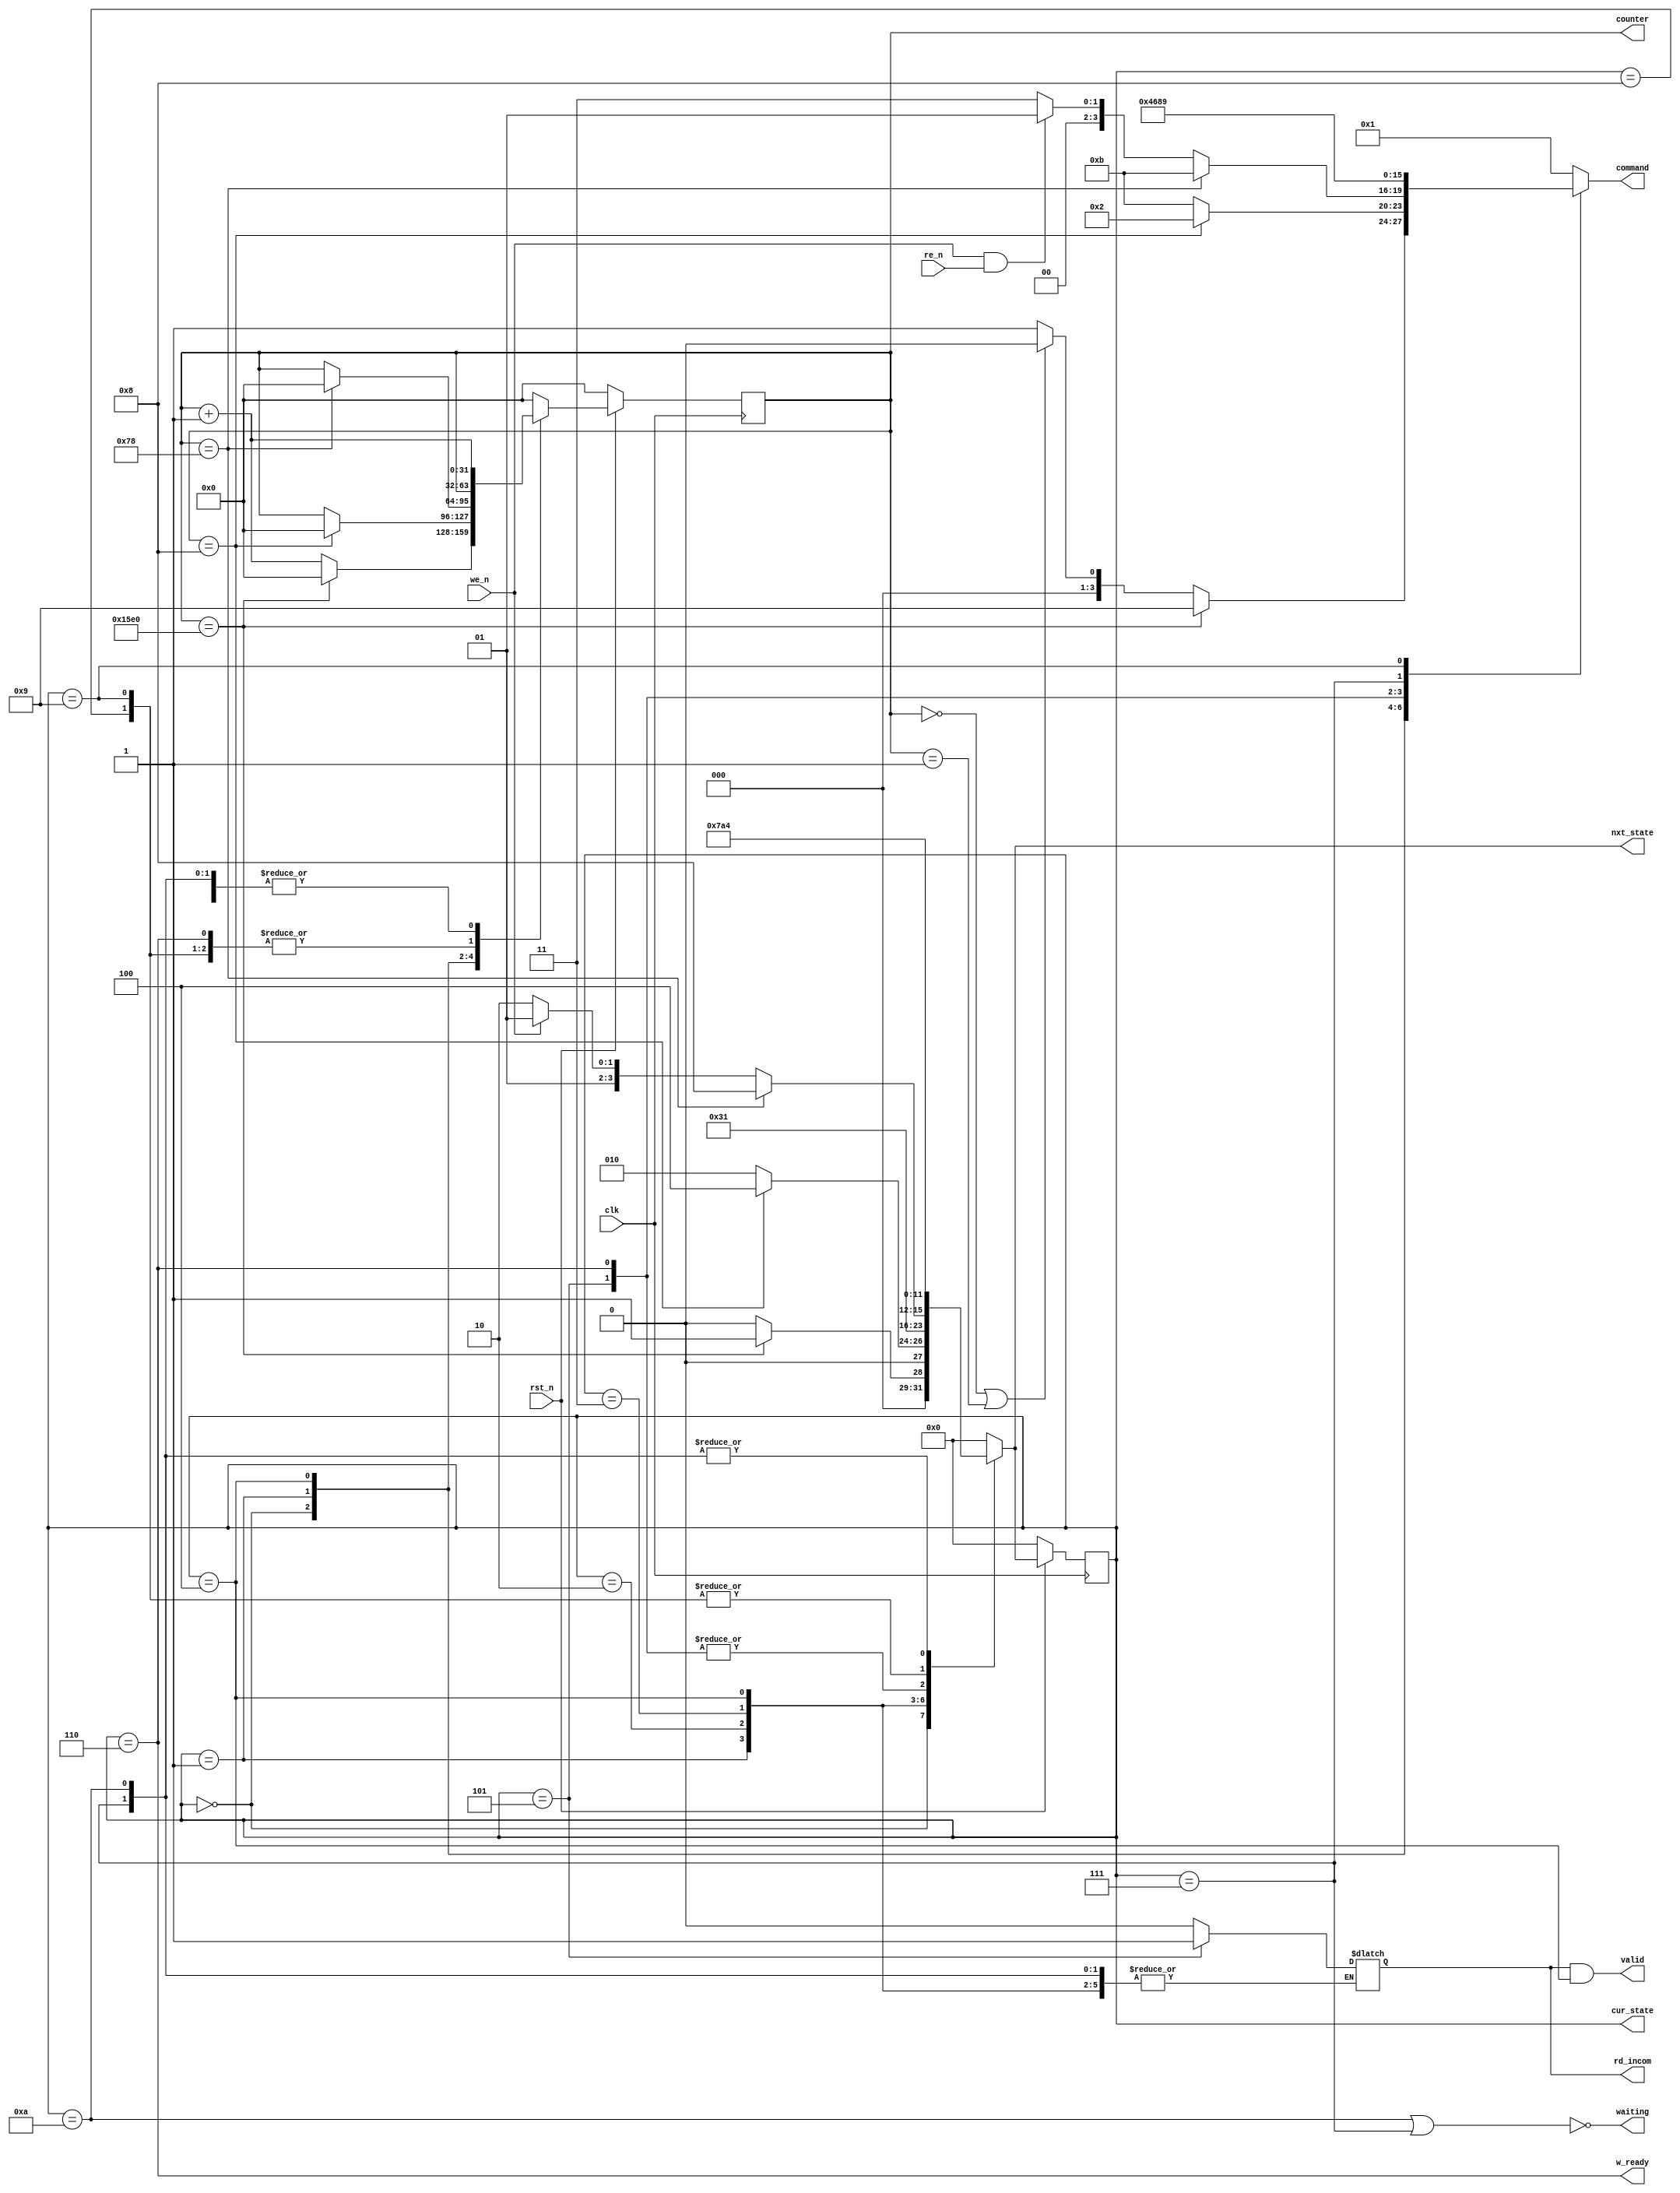
module core(
	input		 				clk,			// Clock
	input						rst_n,			// Reset
	input						we_n,				// write enable
	input						re_n,				// Read enable

	output reg	[3:0]			command,		// Command Output
	output reg [3:0]			cur_state,		// Current State
	output reg [3:0]			nxt_state,		// Current State
	output reg [31:0]			counter,		// Current Counter
	output						w_ready,		// Controller of IOBus
	output						waiting,	// Quando esperar antes de mandar um comando ao controlador
	output						valid,			// Quando uma leitura está pronta
	output reg					rd_incom
);

	//Registrador de estado
	//reg [3:0] cur_state;
	//reg [3:0] nxt_state;
	reg [31:0] nxt_counter;
	assign valid = (rd_incom && cur_state == ST_IDLE);
	assign w_ready = (cur_state == ST_WRITE);
	assign waiting = ~(cur_state == ST_STAL2 || cur_state == ST_PRE);

	//Estados Locais
	localparam ST_POW			= 4'b0000;		// Estados inicial
	
	localparam ST_INIT1			= 4'b0001;		// Estados pertinentes a sequÃªncia de inicializaÃ§Ã£o
	localparam ST_INIT2	 		= 4'b0010;		// 
	localparam ST_INIT3			= 4'b0011;		// 
	
	localparam ST_IDLE			= 4'b0100;		// Estado Ocioso, Ãºnico que verifica por comandos para realizar
	localparam ST_READ			= 4'b0101;		// Executa READ Imediatamente
	localparam ST_WRITE			= 4'b0110;		// Executa WRIT Imediatamente
	localparam ST_PRE				= 4'b0111;		// Realiza prÃ©-carga de banco
	localparam ST_REF				= 4'b1000;		// Auto-Refresh
	localparam ST_STAL1			= 4'b1001;		// Nenhuma OperaÃ§Ã£o
	localparam ST_STAL2			= 4'b1010;		// Nenhuma OperaÃ§Ã£o, retorna para Idle
	//localparam ST_A 			= 4'b1101;		// NÃ£o Utilizados, posso utilizar para fazer sequÃªncia de inicializaÃ§Ã£o da memÃ³ria

	//Listagem de Comandos
	localparam CMD_DESL			= 4'b0000;		// Device Deselect
	localparam CMD_NOP			= 4'b0001;		// No Operation / Self Refresh Exit
	localparam CMD_MRS			= 4'b0010;		// Mode Register Set
	localparam CMD_ACT			= 4'b0011;		// Bank Activate
	localparam CMD_READ			= 4'b0100;		// Read
	localparam CMD_READA 		= 4'b0101;		// Read with Auto Precharge
	localparam CMD_WRIT			= 4'b0110;		// Write
	localparam CMD_WRITA 		= 4'b0111;		// Write with Auto Precharge
	localparam CMD_PRE			= 4'b1000;		// Precharge Select Bank
	localparam CMD_PALL			= 4'b1001;		// Precharge All Banks
	localparam CMD_BST			= 4'b1010;		// Burst Stop
	localparam CMD_REF			= 4'b1011;		// CBR (Auto) Refresh
	localparam CMD_SELF			= 4'b1100;		// Self Refresh
	localparam CMD_SUP			= 4'b1101;		// Suspender / Power Down	---> Pode causar problemas, jÃ¡ que Ã© o mesmo comando que COM_MRS
	localparam CMD_REC			= 4'b1110;		// Recuperar / Power Up		---> Pode causar problemas, jÃ¡ que Ã© o mesmo comando que COM_MRS
	//localparam CMD_SRE			= 4'b1111;		// NÃ£o Utilizado. Por default, valores nÃ£o utilizados sÃ£o tratados como NOP.


	
	// Parâmetros de Temporização
	parameter CLK_FREQUENCY = 27; // Mhz
	parameter REF_TIME = 64; //ms
	parameter REF_COUNT = 4096;
	parameter PWR_TIME = 200; //us

	parameter ROW_SIZE = 4096;
	parameter COL_SIZE = 512;
	parameter NUM_BANK = 4;
	
	localparam PWRC = 5600;		// clk_frequency * pwr_time = 5400
	localparam INTC = 8;			// Número de ciclos necessários para finalizar etapa de inicialização
	localparam REFC = 120;		// (clk_frequency * 1_000 * ref_time) / (cycle_time * ref_count) = 140
	
	//Registrador de tempo
	//reg [11:0] counter;
	localparam RESET = 32'd0;	
	
	

	always @(posedge clk) //Troca de estados ocorre apenas na subida de clock
	begin
		counter <= (rst_n ? nxt_counter : RESET);
		cur_state <= (rst_n ? nxt_state  : ST_POW);
	end
		
	always @(cur_state or counter) //Incrementa contador e envia comandos apenas ao atualizar estado atual
	begin //begin the procedural statements
			case (cur_state)  //variables that affect the procedure  
			default:
				begin
				command <= CMD_NOP;
				nxt_counter <= RESET;
				nxt_state <= ST_POW;
				//w_ready <= 'b0;
				rd_incom <= 'b0;
				end
			ST_POW:
				begin
				command <= (counter == PWRC ? CMD_PALL : (counter == RESET | counter=='b1 ? CMD_DESL : CMD_NOP));	//Executa NOP
				nxt_counter <= (counter == PWRC ? RESET : counter + 1'd1);				//Reinicia Counter se PWRC for atingido
				nxt_state <= (counter == PWRC ? ST_INIT1 : ST_POW);				//Vai para ST_INIT1 se PWRC for atingido. SenÃ£o, vai para prÃ³ximo estado
				//waiting <= 'b1;
				//w_ready <= 'b0;
				rd_incom <= 'b0;
				//valid <= 'b0;
				end
			ST_INIT1:
				begin
				command <= (counter == INTC ? CMD_MRS : CMD_REF);			//Executa MRS se INTC for atingido. SenÃ£o, executa REF
				nxt_counter <= (counter == INTC ? RESET : counter);		//Reinicia Counter se INTC for atingido
				nxt_state <= (counter == INTC ? ST_IDLE : ST_INIT2);		//Vai para ST_IDLE se INTC for atingido. SenÃ£o vai para o prÃ³ximo estado
				//waiting <= (counter == INTC ? 1'b1 : 1'b0);
				end
			ST_INIT2:
				begin
				command <= CMD_NOP;													//Executa NOP
				nxt_counter <= counter;
				nxt_state <= ST_INIT3;												//Vai para o prÃ³ximo estado
				end
			ST_INIT3:
				begin
				command <= CMD_NOP;													//Executa NOP
				nxt_counter <= counter + 1'b1;												//Incrementa Contador
				nxt_state <= ST_INIT1;												//Volta para o primeiro estado
				end
			ST_IDLE:
				begin
				//Executa REF se REFC for atingido. SenÃ£o, executa ACT se re ou we. SenÃ£o, executa NOP
				command <= (counter == REFC ? CMD_REF : (we_n & re_n ? CMD_NOP : CMD_ACT)); 
				nxt_counter <= (counter == REFC ? RESET : counter);					//Reinicia Counter se REFC for atingido
				//Vai para IDLE se INTC for atingido. SenÃ£o, vai para WRITE se we. SenÃ£o, vai para READ se re. SenÃ£o, vai para NOP1
				nxt_state <= (counter == REFC ? ST_REF : (we_n ?  ST_READ : ST_WRITE)); 
				//waiting <= 'b1;
				//valid <= rd_incom;
				//w_ready <= 'b0;
				end
			ST_READ:
				begin
				command <= CMD_READ;													//Executa Read
				nxt_counter <= counter;
				nxt_state <= ST_PRE;													//Vai para PrÃ©-Carga
				rd_incom <= 'b1;
				//valid <= 'b0;
				end
			ST_WRITE:
				begin
				command <= CMD_WRIT;													//Executa Write
				nxt_counter <= counter;
				nxt_state <= ST_PRE;													//Vai para PrÃ©-Carga
				rd_incom <= 'b0;
				//w_ready <= 'b1;
				//valid <= 'b0;
				end
			ST_PRE:
				begin
				command <= CMD_PRE;													//Executa PrÃ©-Carga
				nxt_counter <= counter + 1'b1;									//Incrementa Contador
				nxt_state <= ST_IDLE;												//Volta para o estado IDLE
				//w_ready <= 'b0;
				//waiting <= 'b0;
				end
			ST_REF:
				begin
				command <= CMD_NOP;													//Executa NOP
				nxt_counter <= counter;
				nxt_state <= ST_STAL2;												//Vai para o prÃ³ximo estado
				rd_incom <= 'b0;
				//valid <= 'b0;
				end
			ST_STAL1:
				begin
				//Deveria ser um NOP, mas gostaria de garantir que todos os bancos estejam prÃ©-carregados antes de realizar um refresh.
				//Desta forma consigo executar REF sem problemas mais tarde.
				command <= CMD_PALL;													
				nxt_counter <= counter;
				nxt_state <= ST_STAL2;												//Vai para o prÃ³ximo estado
				rd_incom <= 'b0;
				//valid <= 'b0;
				end
			ST_STAL2:
				begin
				command <= CMD_NOP;													//Executa NOP
				nxt_counter <= counter + 1'b1;									//Incrementa Contador
				nxt_state <= ST_IDLE;												//Volta para o estado IDLE
				//waiting = 'b0;
				end
			endcase
		end
endmodule